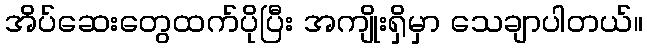
အိပ်ဆေးတွေထက်ပိုပြီး အကျိုးရှိမှာ သေချာပါတယ်။